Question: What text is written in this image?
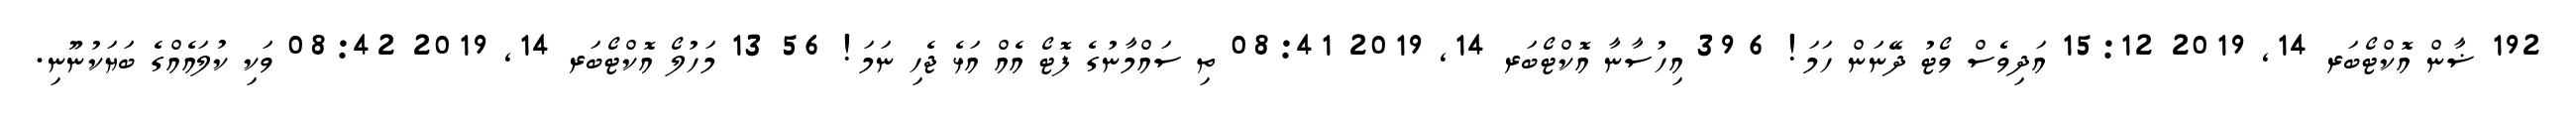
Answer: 192 ޟާން އޮކްޓޯބަރ 14, 2019 15:12 އަދިވެސް ވޯޓު ދޭނަން ހަމަ! 6 39 އިހުސާނާ އޮކްޓޯބަރ 14, 2019 08:41 ތި ސައްމާނުގެ ފޮޓޯ އެއް އަޅެ ޖެހި ނަމަ! 56 13 މަހުލޯ އޮކްޓޯބަރ 14, 2019 08:42 ވަކި ކުލައެއްގެ ބަޔަކުނޫނި.